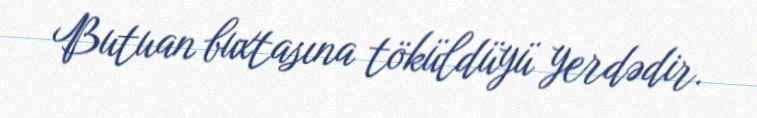
Butuan buxtasına töküldüyü yerdədir.